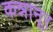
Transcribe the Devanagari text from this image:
कन्नानूर